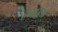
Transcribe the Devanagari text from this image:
हनाइडा